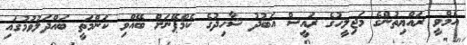
އެމްވީ ރައްޔިތުންގެ މަޖިލީހުގެ ރައީސް އަބުދު ޝާހިދުގެ ކެމްޕޭނަށް ބޭއްވި ކަންމަތީ ބައްދަލުވުމުގައި